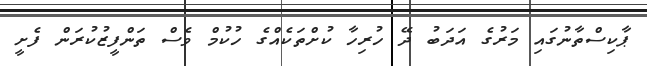
ޕާކިސްތާނުގައި މަރުގެ އަދަބު ދޭ ހުރިހާ ކުށްތަކެއްގެ ހުކުމް ވެސް ތަންފީޒުކުރަން ފެށީ